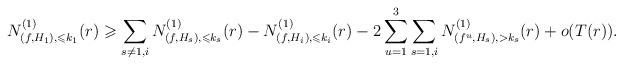
LaTeX: \begin{align*}N^{(1)}_{(f,H_1),\leqslant k_1}(r)\geqslant\sum_{s\ne 1,i}N^{(1)}_{(f,H_s),\leqslant k_s}(r)-N^{(1)}_{(f,H_i),\leqslant k_i}(r)-2\sum_{u=1}^3\sum_{s=1,i}N^{(1)}_{(f^u,H_s),>k_s}(r)+o(T(r)).\end{align*}